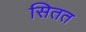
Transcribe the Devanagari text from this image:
सितत